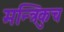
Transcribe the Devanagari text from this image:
मन्त्रिकुच